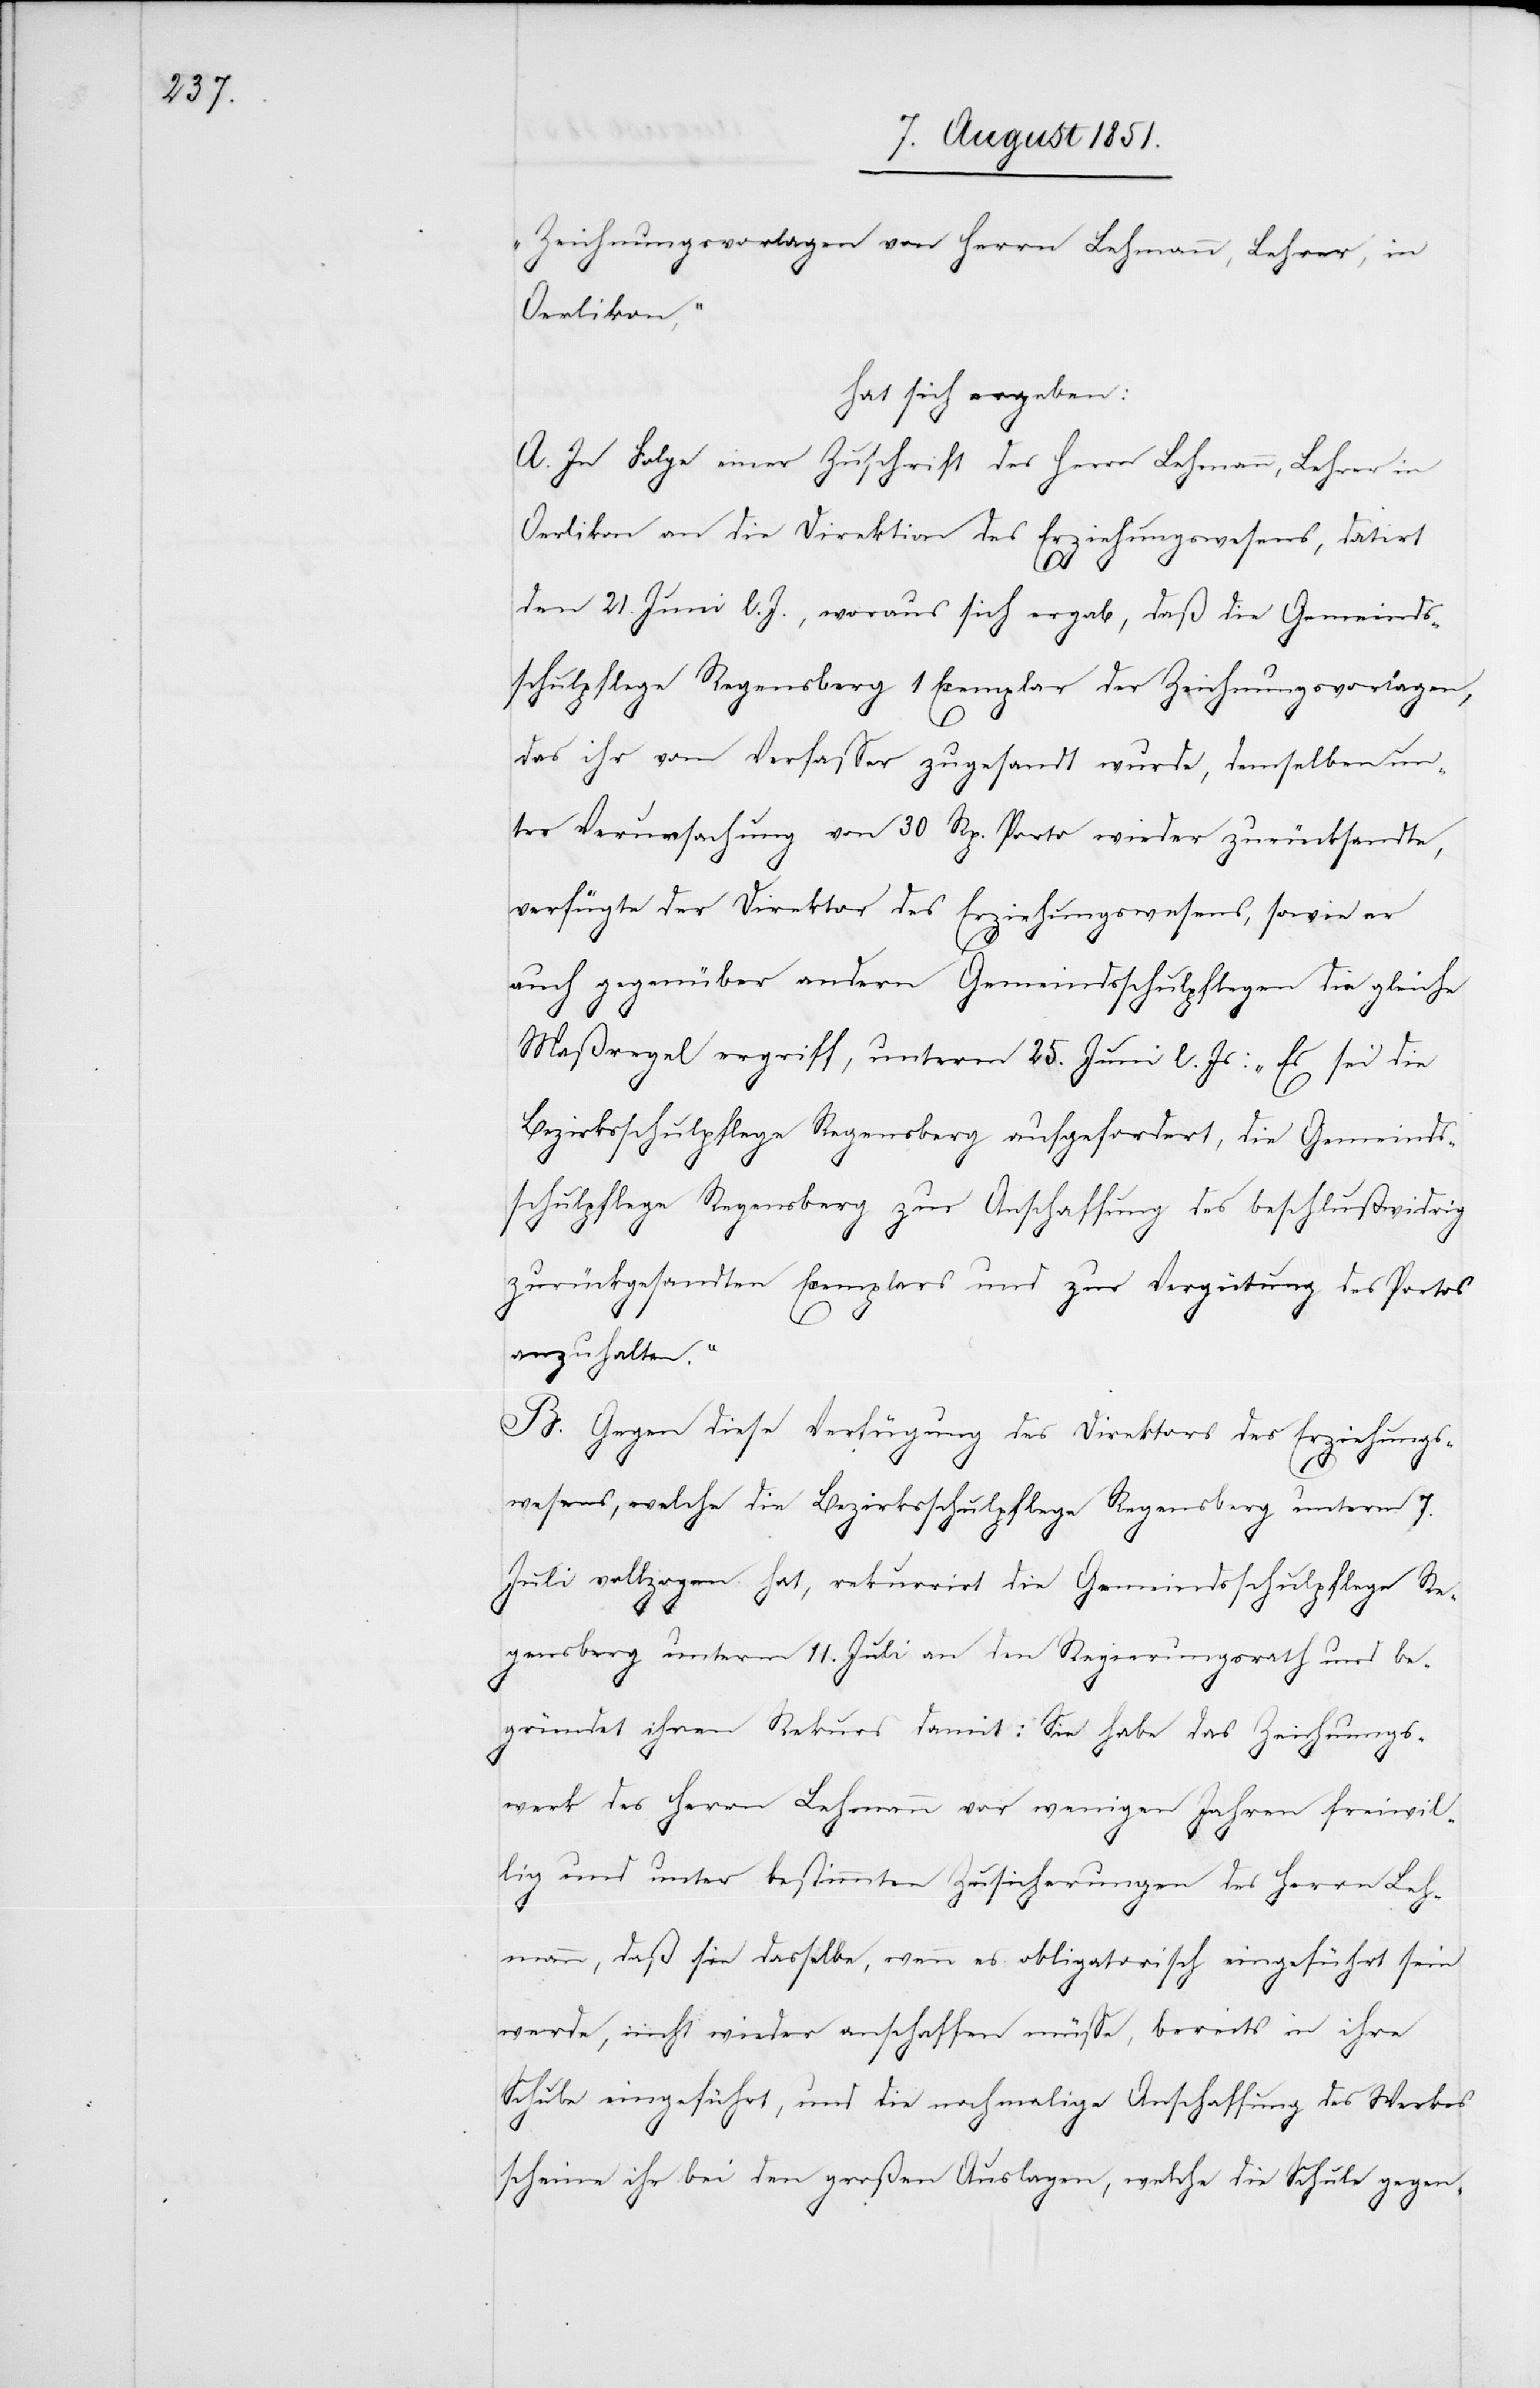
„Zeichnungsvorlagen von Herrn Lehmann, Lehrer, in
Oerlikon,“
hat sich ergeben.
A. In Folge einer Zuschrift des Herrn Lehmann, Lehrer in
Oerlikon an die Direktion des Erziehungswesens, datirt
den 21. Juni l. J., woraus sich ergab, daß die Gemeinds¬
schulpflege Regensberg 1 Exemplar der Zeichnungsvorlagen,
das ihr vom Verfasser zugesandt wurde, demselben un¬
ter Verursachung von 30 Rp. Porto wieder zurücksandte,
verfügte der Direktor des Erziehungswesens, sowie er
auch gegenüber andern Gemeindsschulpflegen die gleiche
Maßregel ergriff, unterm 25. Juni l. Js: „Es sei die
Bezirksschulpflege Regensberg aufgefordert, die Gemeinds¬
schulpflege Regensberg zur Anschaffung des beschlußwidrig
zurückgesandten Exemplars und zur Vergütung des Portos
anzuhalten.“
B. Gegen diese Verfügung des Direktors des Erziehungs¬
wesens, welche die Bezirksschulpflege Regensberg unterm 7.
Juli vollzogen hat, rekurrirt die Gemeindsschulpflege Re¬
gensberg unterm 11. Juli an den Regierungsrath und be¬
gründet ihren Rekurs damit: [„]Sie habe das Zeichnungs¬
werk des Herrn Lehmann vor wenigen Jahren freiwil¬
lig und unter bestimmten Zusicherungen des Herrn Leh¬
mann, daß sie dasselbe, wenn es obligatorisch eingeführt sein
werde, nicht wieder anschaffen müsse, bereits in ihre
Schule eingeführt, und die nochmalige Anschaffung des Werkes
scheine ihr bei den großen Auslagen, welche die Schule gegen-